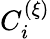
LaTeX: C_{i}^{(\xi)}